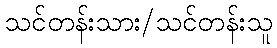
သင်တန်းသား/သင်တန်းသူ